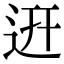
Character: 䢎